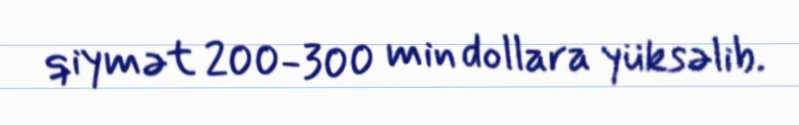
qiymət 200-300 min dollara yüksəlib.